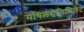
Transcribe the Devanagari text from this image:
मेथिलसेलिसिलेट